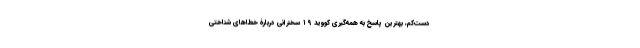
دست‌کم، بهترین پاسخ به همه‌گیری کووید ۱۹ سخنرانی دربارۀ خطاهای شناختی